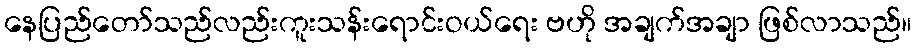
နေပြည်တော်သည်လည်းကူးသန်းရောင်းဝယ်ရေး ဗဟို အချက်အချာ ဖြစ်လာသည်။